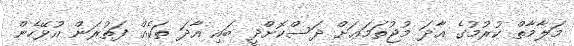
މަލާމާތް ކުރުމުގެ އާދަ މުޖުތަމަޢަށް ދަސްކޮށްދީ ބައި އާދަ ތަކެއް ފަތުރަން އުޅޭހެން